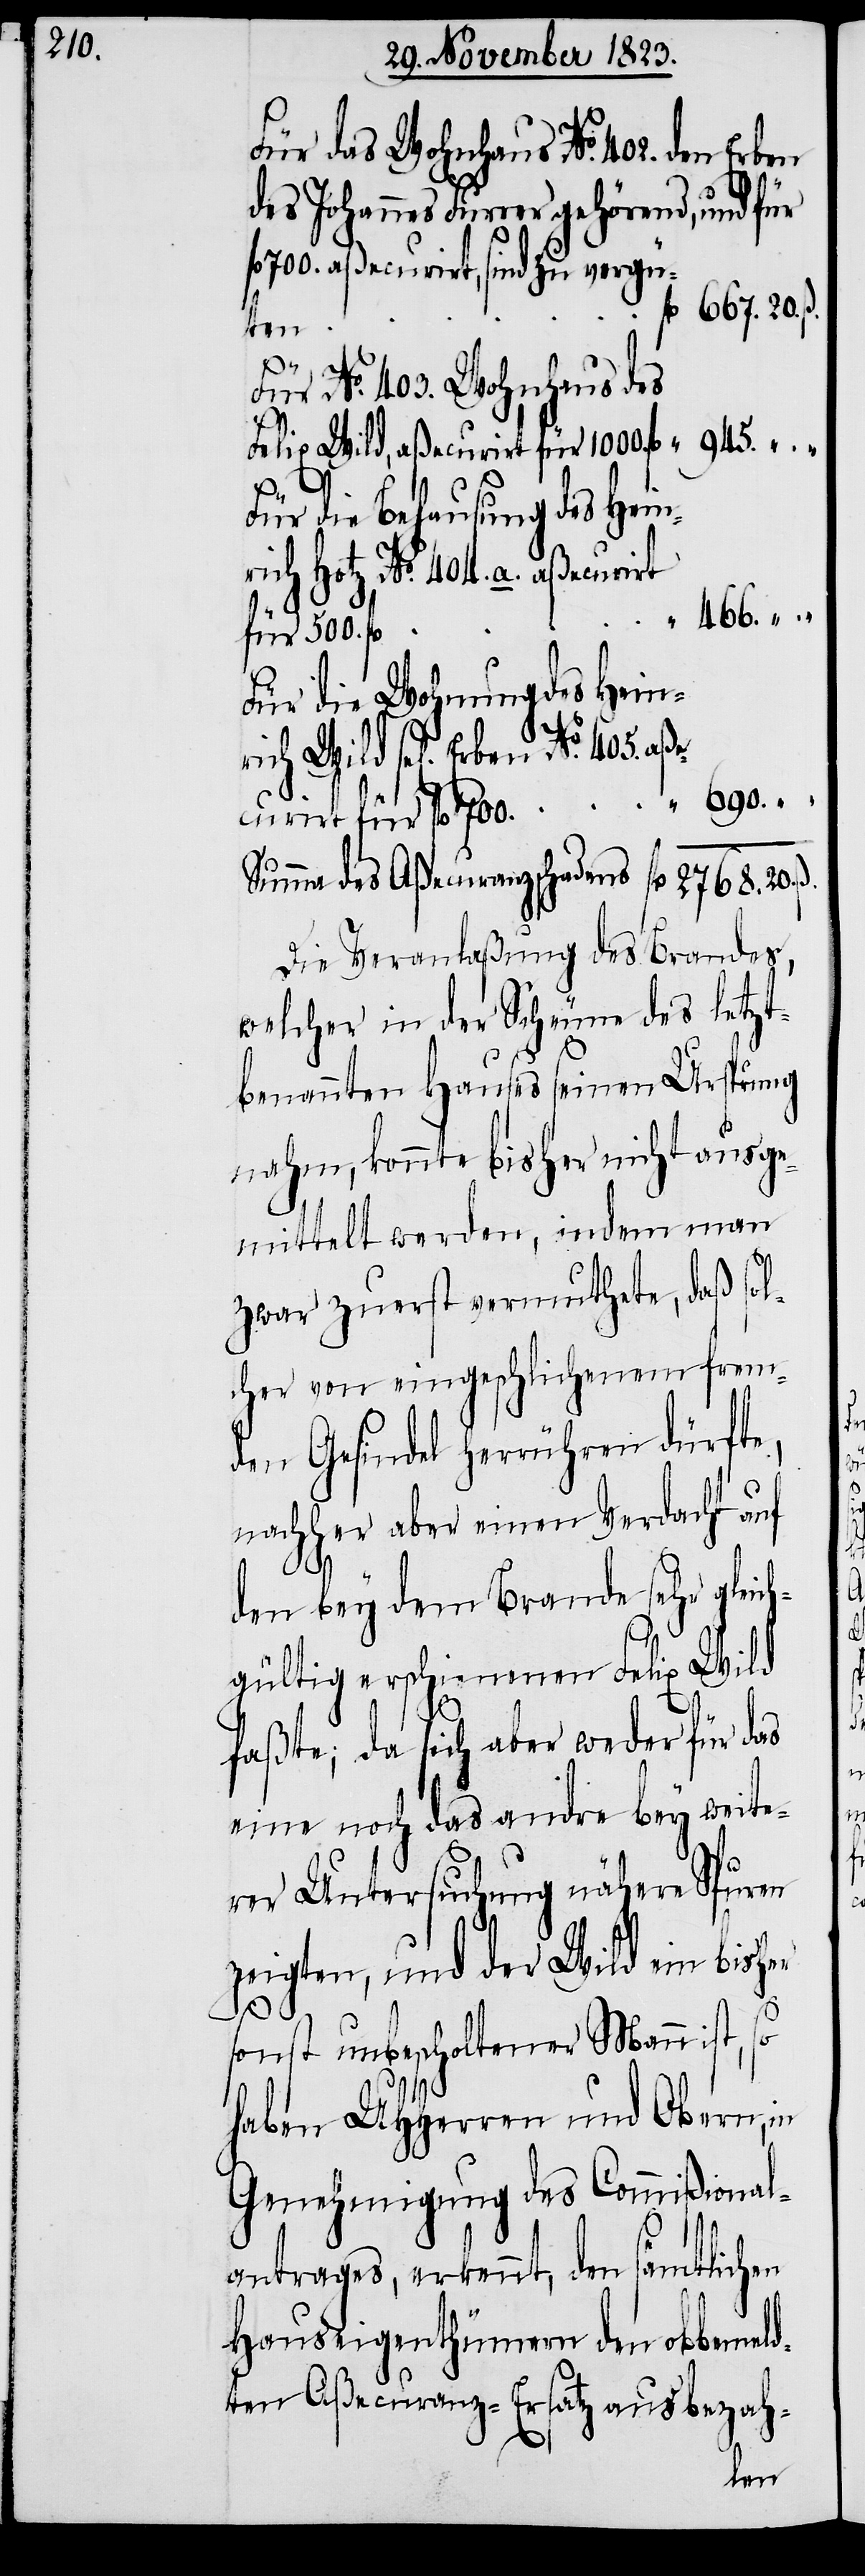
20.

Für das Wohnhaus No. 402. den Erben
des Johannes Furrer gehörend, und für
700. aßecurirt, sind zu vergü¬
ten
ß.
Für No. 403. Wohnhaus des
Felix Wild, aßecurirt für 1000. fl
690.
„
Für die Behausung des Heinr¬
ich Hotz No. 404. a. aßecurirt
466.
für 500. fl
Für die Wohnung des Heinr¬
curirt für fl 700.
Die Veranlaßung des Brandes,
welcher in der Scheune des letzt¬
benannten Hauses seinen Ursprung
nahm, konnte bisher nicht ausge¬
mittelt werden, indem man
zwar zuerst vermuthete, daß sol¬
cher von eingeschlichenem frem¬
den Gesindel herrühren dürfte,
nachher aber einen Verdacht auf
den bey dem Brande sehr gleic¬
hgültig erschienenen Felix Wild
faßte; da sich aber weder für das
eine noch das andre bey weite¬
rer Untersuchung nähere Spuren
zeigten, und der Wild ein bisher
No.
sonst unbescholtener Mann ist, so
haben UHHerren und Obern, in
Genehmigung des Commißional¬
antrages, erkennt, den sämtlichen
Hauseigenthümern den obbemeld¬
ten Aßecuranz-Ersatz auszubezah-
ben